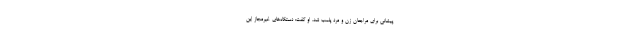
پیشانی برای مراجعان زن و مرد پلمب شد. او گفت: دستگاه‌های غیرمجاز این